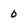
Character: 0